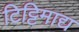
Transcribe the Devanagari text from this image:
टिट्टिमाद्य